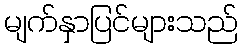
မျက်နှာပြင်များသည်